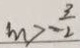
m > - \frac { 3 } { 2 }